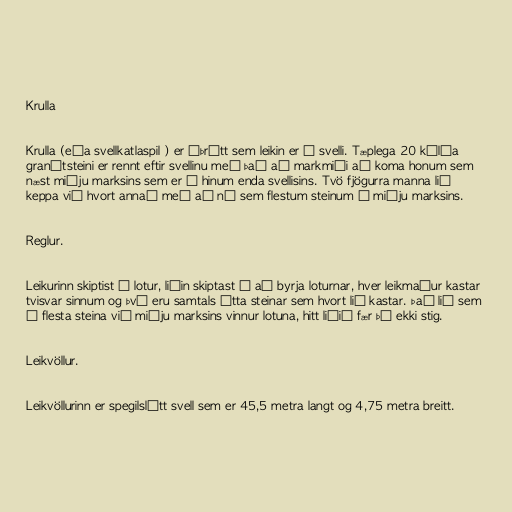
Krulla

Krulla (eða svellkatlaspil ) er íþrótt sem leikin er á svelli. Tæplega 20 kílóa
granítsteini er rennt eftir svellinu með það að markmiði að koma honum sem
næst miðju marksins sem er á hinum enda svellisins. Tvö fjögurra manna lið
keppa við hvort annað með að ná sem flestum steinum í miðju marksins.

Reglur.

Leikurinn skiptist í lotur, liðin skiptast á að byrja loturnar, hver leikmaður kastar
tvisvar sinnum og því eru samtals átta steinar sem hvort lið kastar. Það lið sem
á flesta steina við miðju marksins vinnur lotuna, hitt liðið fær þá ekki stig.

Leikvöllur.

Leikvöllurinn er spegilslétt svell sem er 45,5 metra langt og 4,75 metra breitt.